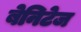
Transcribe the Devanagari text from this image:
बेनिटेज